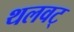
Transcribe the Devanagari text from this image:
थलवट्